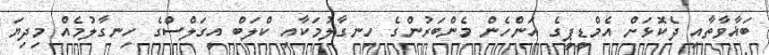
ބަޣާވާތާއި ދެކޮޅަށް އެމްޑީޕީގެ އަންހެން މެންބަރުންގެ ހިނގާލުމަކާއި ކްލަބް އީގަލްސްގެ ހިނގާލުމެއް މިދިޔަ